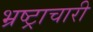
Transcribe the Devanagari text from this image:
भ्रष्ट्राचारी